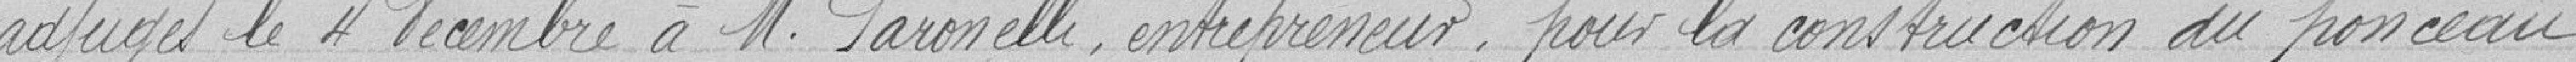
adjugés le 4 décembre à Monsieur PARONELLI, entrepreneur, pour la construction du ponceau